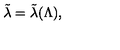
\tilde { \lambda } = \tilde { \lambda } ( \Lambda ) ,